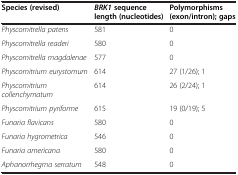
| Species (revised) | BRK1 sequence length (nucleotides) | Polymorphisms (exon/intron); gaps |
 | --- | --- | --- |
 | Physcomitrella patens | 581 | 0 |
 | Physcomitrella readeri | 580 | 0 |
 | Physcomitrella magdalenae | 577 | 0 |
 | Physcomitrium eurystomum | 614 | 27 (1/26); 1 |
 | Physcomitrium collenchymatum | 614 | 26 (2/24); 1 |
 | Physcomitrium pyriforme | 615 | 19 (0/19); 5 |
 | Funaria flavicans | 580 | 0 |
 | Funaria hygrometrica | 546 | 0 |
 | Funaria americana | 580 | 0 |
 | Aphanorrhegma serratum | 548 | 0 |